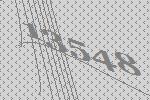
13548